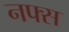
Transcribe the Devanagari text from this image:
नफ्स